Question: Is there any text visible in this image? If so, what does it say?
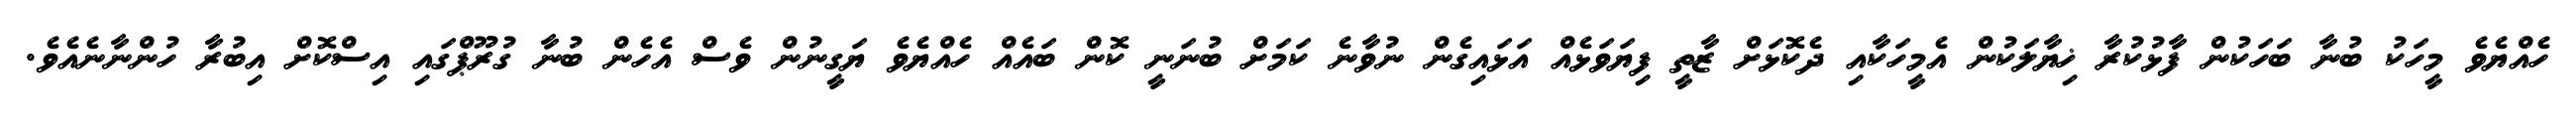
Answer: ހެއްޔެވެ މީހަކު ބުނާ ބަހަކުން ފާޅުކުރާ ޚިޔާލަކުން އެމީހަކާއި ދެކޮޅަށް ޒާތީ ފިޔަވަޅެއް އަޅައިގެން ނުވާނެ ކަމަށް ބުނަނީ ކޮން ބައެއް ހެއްޔެވެ ޔަގީނުން ވެސް އެހެން ބުނާ ގުރޫޕްގައި އިސްކޮށް އިބުރާ ހުންނާނެއެވެ.